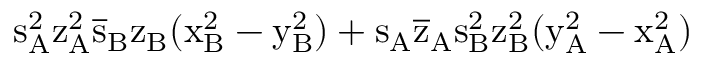
\mathrm { s _ { A } ^ { 2 } \mathrm { z _ { A } ^ { 2 } \mathrm { \overline { { s } } _ { B } \mathrm { z _ { B } ( \mathrm { x _ { B } ^ { 2 } - \mathrm { y _ { B } ^ { 2 } ) + \mathrm { s _ { A } \mathrm { \overline { { z } } _ { A } \mathrm { s _ { B } ^ { 2 } \mathrm { z _ { B } ^ { 2 } ( \mathrm { y _ { A } ^ { 2 } - \mathrm { x _ { A } ^ { 2 } ) } } } } } } } } } } } }